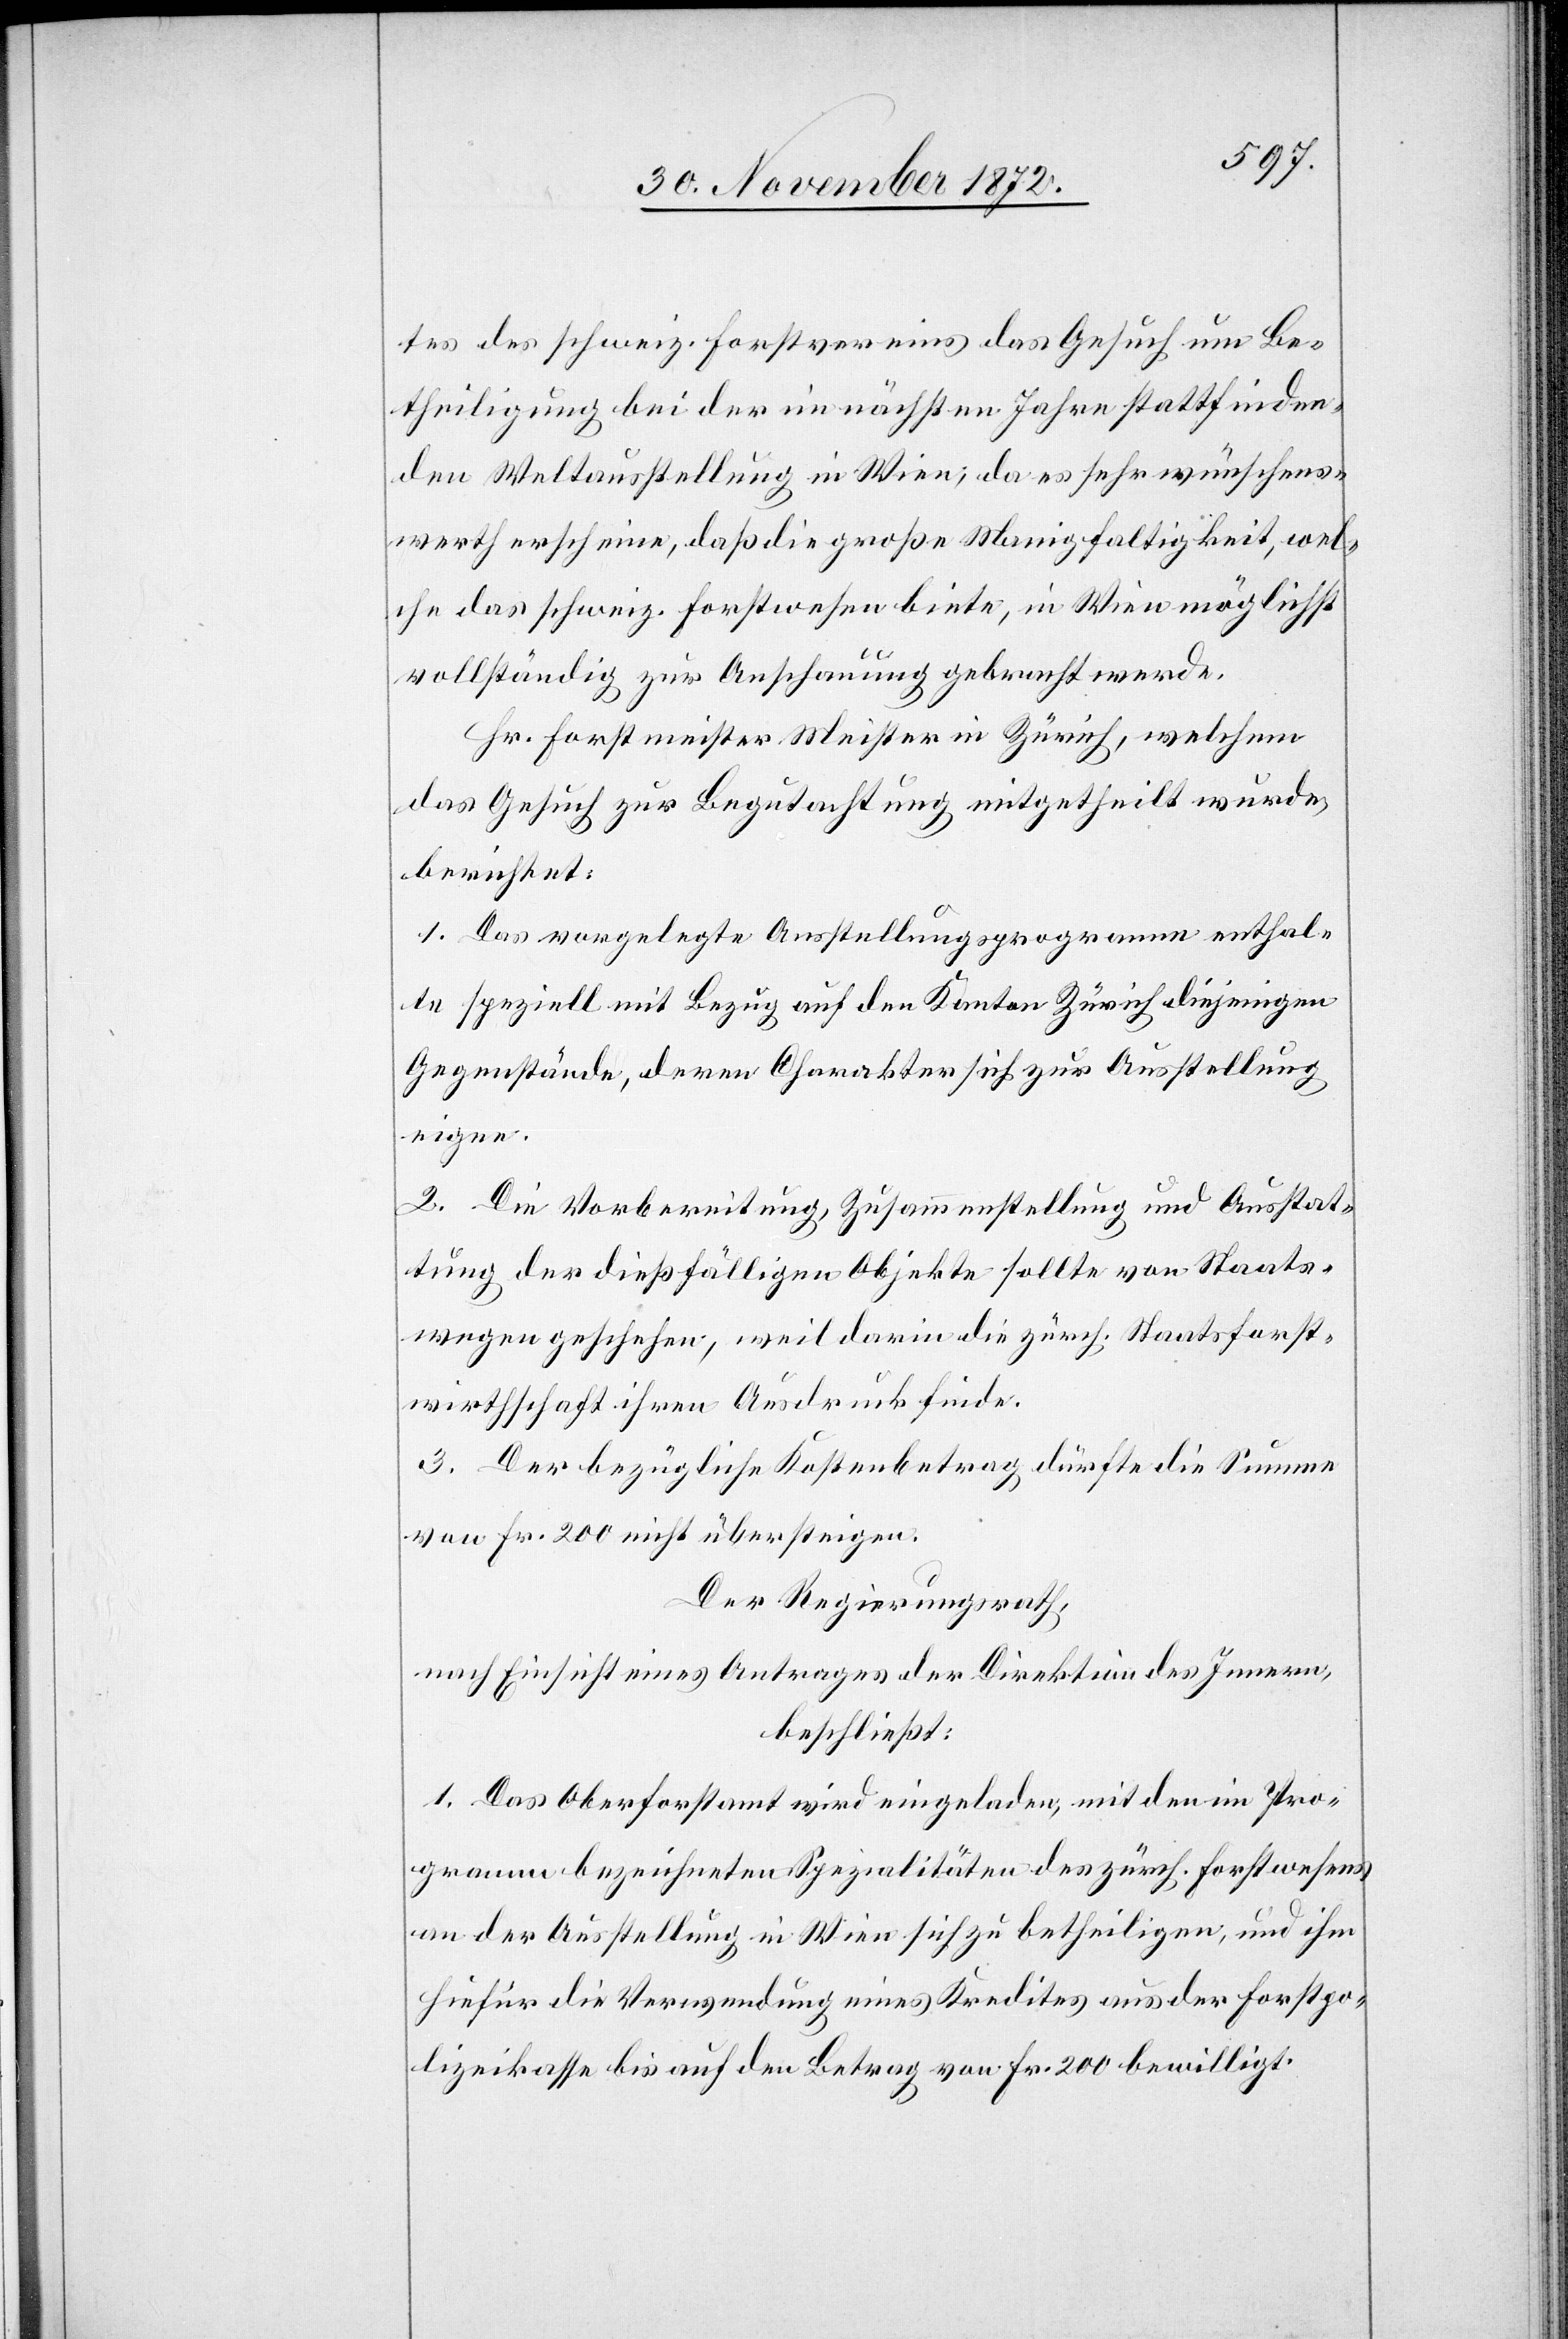
tes des schweiz. Forstvereins das Gesuch um Be¬
theiligung bei der im nächsten Jahre stattfinden¬
den Weltausstellung in Wien; da es sehr wünschens¬
werth erscheine, daß die große Manigfaltigkeit, wel¬
che das schweiz. Forstwesen biete, in Wien möglichst
vollständig zur Anschauung gebracht werde.
Hr. Forstmeister Meister in Zürich, welchem
das Gesuch zur Begutachtung mitgetheilt wurde,
berichtet:
1. Das vorgelegte Ausstellungsprogramm enthal¬
te speziell mit Bezug auf den Kanton Zürich diejenigen
Gegenstände, deren Charakter sich zur Ausstellung
eigne.
2. Die Vorbereitung, Zusammenstellung und Ausstat¬
tung der dießfälligen Objekte sollte von Staats¬
wegen geschehen, weil darin die zürch. Staatsforst¬
wirthschaft ihren Ausdruck finde.
3. Der bezügliche Kostenbetrag dürfte die Summe
von Fr. 200 nicht übersteigen.
Der Regierungsrath,
nach Einsicht eines Antrages der Direktion des Innern,
beschließt:
1. Das Oberforstamt wird eingeladen, mit den im Pro¬
gramm bezeichneten Spezialitäten des zürch. Forstwesens
an der Ausstellung in Wien sich zu betheiligen, und ihm
hiefür die Verwendung eines Kredites aus der Forstpo¬
lizeikasse bis auf den Betrag von Fr. 200 bewilligt.